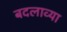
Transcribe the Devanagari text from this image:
बदलाव्या